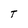
Character: T